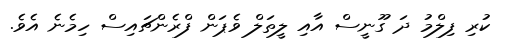
ކުރި ފިލްމު ދަ ގޫނީސް އާއި ލީތަލް ވެޕަން ފްރެންޗައިސް ހިމެނެ އެވެ.